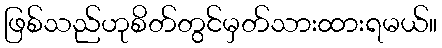
ဖြစ်သည်ဟုစိတ်တွင်မှတ်သားထားရမယ်။